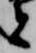
者